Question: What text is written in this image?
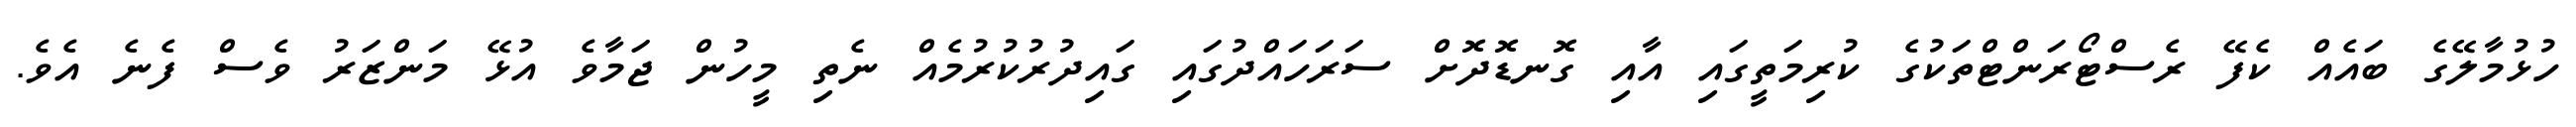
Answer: ހުޅުމާލޭގެ ބައެއް ކެފޭ ރެސްޓޯރަންޓްތަކުގެ ކުރިމަތީގައި އާއި ގޮނޑޮދޮށް ސަރަހައްދުގައި ގައިދުރުކުރުމެއް ނެތި މީހުން ޖަމާވެ އުޅޭ މަންޒަރު ވެސް ފެނެ އެވެ.